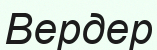
Вердер